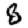
Digit: 8